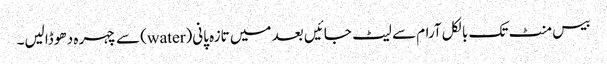
بیس منٹ تک بالکل آرام سے لیٹ جائیں بعد میں تازہ پانی(water) سے چہر ہ دھو ڈالیں۔